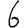
Digit: 6